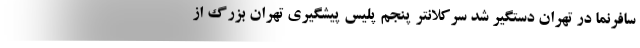
سافرنما در تهران دستگیر شد سرکلانتر پنجم پلیس پیشگیری تهران بزرگ از